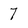
Character: 7